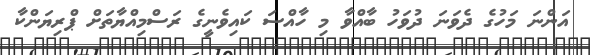
އަންނަ މަހުގެ ދެވަނަ ދުވަހު ބާއްވާ މި ހާއްސަ ކައިވެނީގެ ރަސްމިއްޔާތަށް ޕްރިޔަންކާ